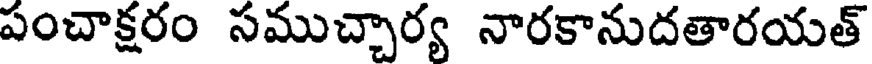
పంచాక్షరం సముచ్చార్య నారకానుదతారయత్